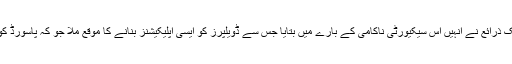
میڈیارپورٹس کے مطابق انہوں نے بتایا کہ فیس بک ذرائع نے انہیں اس سیکیورٹی ناکامی کے بارے میں بتایا جس سے ڈویلپرز کو ایسی اپلیکیشنز بنانے کا موقع ملا جو کہ پاسورڈ کو انکرپٹ کیے بغیر لاگ ان اور محفوظ کرتیں ہیں۔